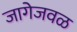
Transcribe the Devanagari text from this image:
जागेजवळ